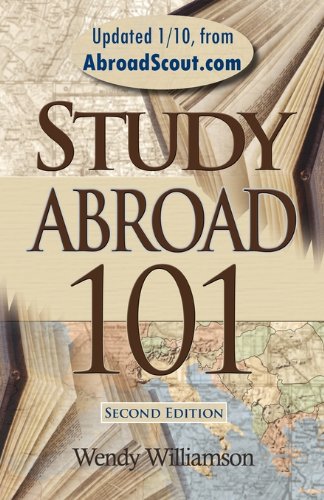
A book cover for Study Abroad 101; Wendy Williamson; Travel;